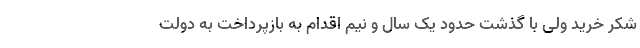
شکر خرید ولی با گذشت حدود یک سال و نیم اقدام به بازپرداخت به دولت